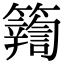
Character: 𮆽